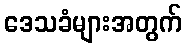
ဒေသခံများအတွက်